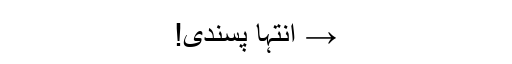
→ انتہا پسندی!